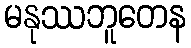
မနုဿဘူတေန